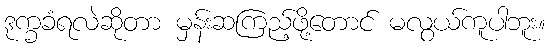
ဒုက္ခခံရလဲဆိုတာ မှန်းဆကြည့်ဖို့တောင် မလွယ်ကူပါဘူး။